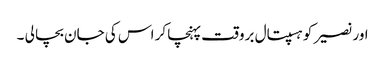
اور نصیر کو ہسپتال بروقت پہنچا کر اس کی جان بچا لی ۔